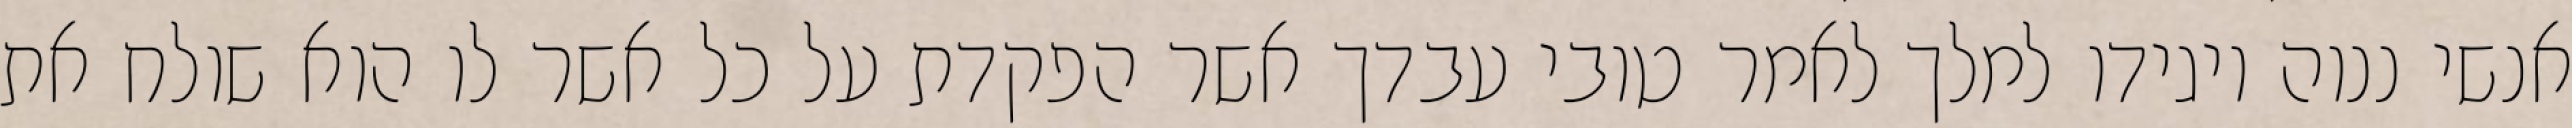
אנשי ננוה ויגידו למלך לאמר טובי עבדך אשר הפקדת על כל אשר לו הוא שולח את